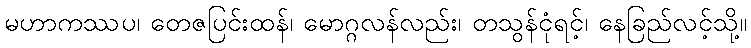
မဟာကဿပ၊ တေဇပြင်းထန်၊ မောဂ္ဂလန်လည်း၊ တသွန်ငုံရင့်၊ နေခြည်လင့်သို့။